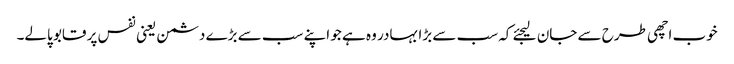
خوب اچھی طرح سے جان لیجئے کہ سب سے بڑا بہادر وہ ہے جو اپنے سب سے بڑے دشمن یعنی نفس پر قابو پالے۔